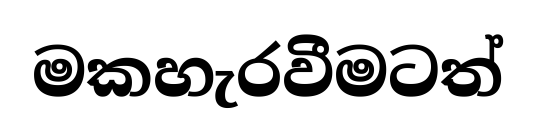
මකහැරවීමටත්